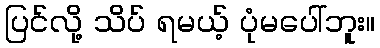
ပြင်လို့ သိပ် ရမယ့် ပုံမပေါ်ဘူး။